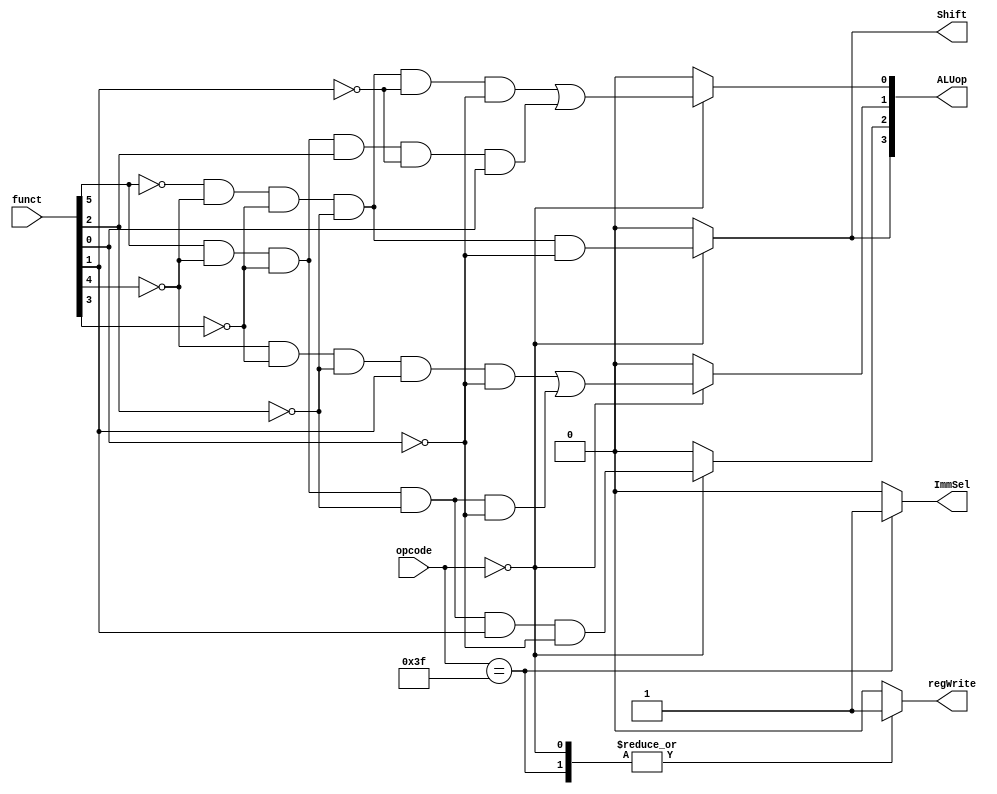
module main_control (
	input [5:0] opcode,
	input [5:0] funct,
	output reg [3:0] ALUop,
	output reg regWrite,
	output reg Shift,
	output reg ImmSel
);

	always @(*) begin
		case (opcode)
			6'b111111: begin 
				ALUop = 4'h0;
				regWrite = 1;
				Shift = 0;
				ImmSel = 1;
			end

			6'b000000: begin 
				regWrite = 1;
				ImmSel = 0;
				ALUop[0] = (~funct[5] & ~funct[4] & ~funct[3] & ~funct[2] & ~funct[1] & ~funct[0]) | (funct[5] & ~funct[4] & ~funct[3] & funct[2] & ~funct[1] & funct[0]);
				ALUop[1] = (~funct[4] & ~funct[3] & ~funct[2] & funct[1] & ~funct[0]) | (funct[5] & ~funct[4] & ~funct[3] & ~funct[2] & ~funct[0]);
				ALUop[2] = (funct[5] & ~funct[4] & ~funct[3] & ~funct[2] & funct[1] & ~funct[0]);
				ALUop[3] = (~funct[5] & ~funct[4] & ~funct[3] & ~funct[2] & ~funct[0]);
				Shift = ALUop[3];
			end
			default : 	{ALUop, regWrite, Shift, ImmSel} = 0;
		endcase
	end

endmodule